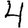
Digit: 4